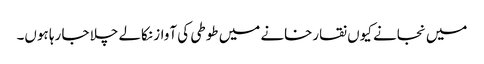
میں نجانے کیوں نقارخانے میں طوطی کی آواز نکالے چلا جا رہا ہوں۔